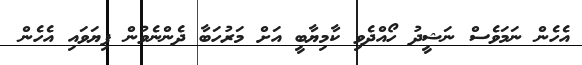
އެހެން ނަމަވެސް ނަޝީދު ހޯއްދެވި ކާމިޔާބީ އަށް މަރުހަބާ ދެންނެވުން ފިޔަވައި އެހެން